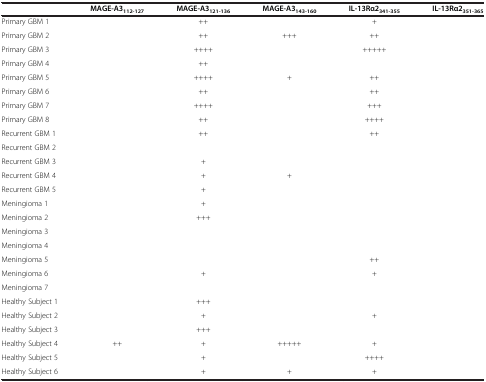
<table><thead><tr><td>[EMPTY_CELL]</td><td><b>MAGE-A3<sub>112-127</sub></b></td><td><b>MAGE-A3<sub>121-136</sub></b></td><td><b>MAGE-A3<sub>143-160</sub></b></td><td><b>IL-13Rα2<sub>341-355</sub></b></td><td><b>IL-13Rα2<sub>351-365</sub></b></td></tr></thead><tbody><tr><td>Primary GBM 1</td><td>[EMPTY_CELL]</td><td>++</td><td>[EMPTY_CELL]</td><td>+</td><td>[EMPTY_CELL]</td></tr><tr><td>Primary GBM 2</td><td>[EMPTY_CELL]</td><td>++</td><td>+++</td><td>++</td><td>[EMPTY_CELL]</td></tr><tr><td>Primary GBM 3</td><td>[EMPTY_CELL]</td><td>++++</td><td>[EMPTY_CELL]</td><td>+++++</td><td>[EMPTY_CELL]</td></tr><tr><td>Primary GBM 4</td><td>[EMPTY_CELL]</td><td>++</td><td>[EMPTY_CELL]</td><td>[EMPTY_CELL]</td><td>[EMPTY_CELL]</td></tr><tr><td>Primary GBM 5</td><td>[EMPTY_CELL]</td><td>++++</td><td>+</td><td>++</td><td>[EMPTY_CELL]</td></tr><tr><td>Primary GBM 6</td><td>[EMPTY_CELL]</td><td>++</td><td>[EMPTY_CELL]</td><td>++</td><td>[EMPTY_CELL]</td></tr><tr><td>Primary GBM 7</td><td>[EMPTY_CELL]</td><td>++++</td><td>[EMPTY_CELL]</td><td>+++</td><td>[EMPTY_CELL]</td></tr><tr><td>Primary GBM 8</td><td>[EMPTY_CELL]</td><td>++</td><td>[EMPTY_CELL]</td><td>++++</td><td>[EMPTY_CELL]</td></tr><tr><td>Recurrent GBM 1</td><td>[EMPTY_CELL]</td><td>++</td><td>[EMPTY_CELL]</td><td>++</td><td>[EMPTY_CELL]</td></tr><tr><td>Recurrent GBM 2</td><td>[EMPTY_CELL]</td><td>[EMPTY_CELL]</td><td>[EMPTY_CELL]</td><td>[EMPTY_CELL]</td><td>[EMPTY_CELL]</td></tr><tr><td>Recurrent GBM 3</td><td>[EMPTY_CELL]</td><td>+</td><td>[EMPTY_CELL]</td><td>[EMPTY_CELL]</td><td>[EMPTY_CELL]</td></tr><tr><td>Recurrent GBM 4</td><td>[EMPTY_CELL]</td><td>+</td><td>+</td><td>[EMPTY_CELL]</td><td>[EMPTY_CELL]</td></tr><tr><td>Recurrent GBM 5</td><td>[EMPTY_CELL]</td><td>+</td><td>[EMPTY_CELL]</td><td>[EMPTY_CELL]</td><td>[EMPTY_CELL]</td></tr><tr><td>Meningioma 1</td><td>[EMPTY_CELL]</td><td>+</td><td>[EMPTY_CELL]</td><td>[EMPTY_CELL]</td><td>[EMPTY_CELL]</td></tr><tr><td>Meningioma 2</td><td>[EMPTY_CELL]</td><td>+++</td><td>[EMPTY_CELL]</td><td>[EMPTY_CELL]</td><td>[EMPTY_CELL]</td></tr><tr><td>Meningioma 3</td><td>[EMPTY_CELL]</td><td>[EMPTY_CELL]</td><td>[EMPTY_CELL]</td><td>[EMPTY_CELL]</td><td>[EMPTY_CELL]</td></tr><tr><td>Meningioma 4</td><td>[EMPTY_CELL]</td><td>[EMPTY_CELL]</td><td>[EMPTY_CELL]</td><td>[EMPTY_CELL]</td><td>[EMPTY_CELL]</td></tr><tr><td>Meningioma 5</td><td>[EMPTY_CELL]</td><td>[EMPTY_CELL]</td><td>[EMPTY_CELL]</td><td>++</td><td>[EMPTY_CELL]</td></tr><tr><td>Meningioma 6</td><td>[EMPTY_CELL]</td><td>+</td><td>[EMPTY_CELL]</td><td>+</td><td>[EMPTY_CELL]</td></tr><tr><td>Meningioma 7</td><td>[EMPTY_CELL]</td><td>[EMPTY_CELL]</td><td>[EMPTY_CELL]</td><td>[EMPTY_CELL]</td><td>[EMPTY_CELL]</td></tr><tr><td>Healthy Subject 1</td><td>[EMPTY_CELL]</td><td>+++</td><td>[EMPTY_CELL]</td><td>[EMPTY_CELL]</td><td>[EMPTY_CELL]</td></tr><tr><td>Healthy Subject 2</td><td>[EMPTY_CELL]</td><td>+</td><td>[EMPTY_CELL]</td><td>+</td><td>[EMPTY_CELL]</td></tr><tr><td>Healthy Subject 3</td><td>[EMPTY_CELL]</td><td>+++</td><td>[EMPTY_CELL]</td><td>[EMPTY_CELL]</td><td>[EMPTY_CELL]</td></tr><tr><td>Healthy Subject 4</td><td>++</td><td>+</td><td>+++++</td><td>+</td><td>[EMPTY_CELL]</td></tr><tr><td>Healthy Subject 5</td><td>[EMPTY_CELL]</td><td>+</td><td>[EMPTY_CELL]</td><td>++++</td><td>[EMPTY_CELL]</td></tr><tr><td>Healthy Subject 6</td><td>[EMPTY_CELL]</td><td>+</td><td>+</td><td>+</td><td>[EMPTY_CELL]</td></tr></tbody></table>